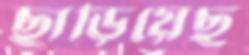
ছাড়িয়েছ